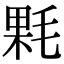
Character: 𣮔